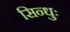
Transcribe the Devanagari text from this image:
सिन्धुः